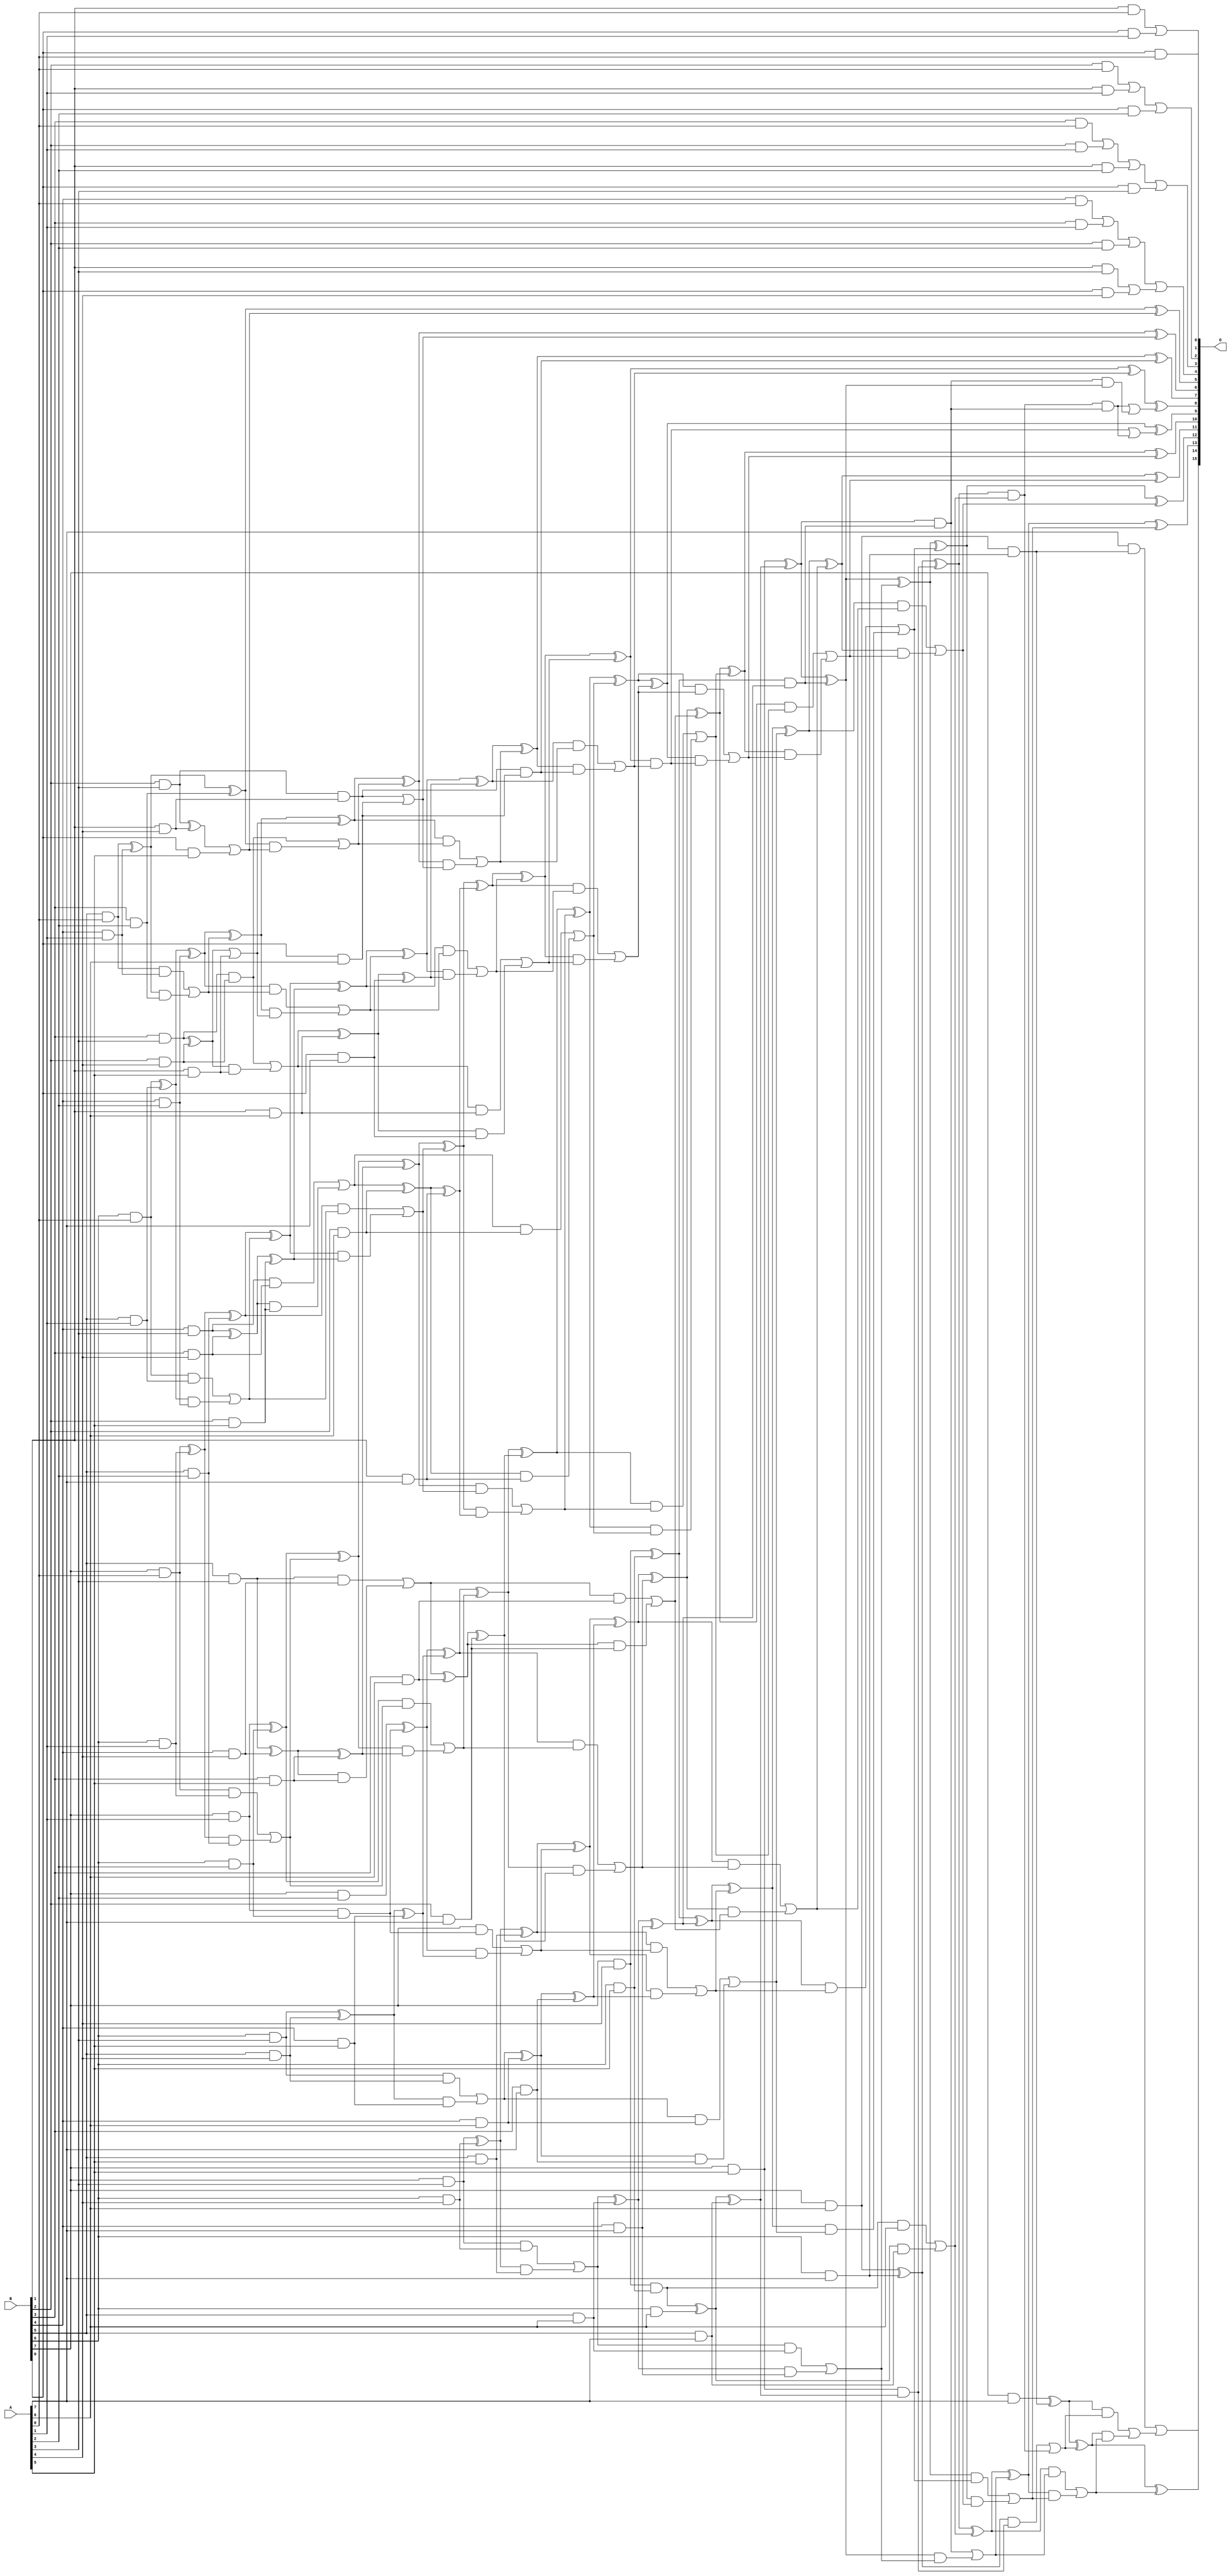
/***
* This code is a part of EvoApproxLib library (ehw.fit.vutbr.cz/approxlib) distributed under The MIT License.
* When used, please cite the following article(s): PRABAKARAN B. S., MRAZEK V., VASICEK Z., SEKANINA L., SHAFIQUE M. ApproxFPGAs: Embracing ASIC-based Approximate Arithmetic Components for FPGA-Based Systems. DAC 2020. 
***/
// MAE% = 0.023 %
// MAE = 15 
// WCE% = 0.17 %
// WCE = 112 
// WCRE% = 40.00 %
// EP% = 50.85 %
// MRE% = 0.37 %
// MSE = 645 
// FPGA_POWER = 1.1
// FPGA_DELAY = 11
// FPGA_LUT = 75

module mul8u_158B (
    A,
    B,
    O
);

input [7:0] A;
input [7:0] B;
output [15:0] O;

wire sig_16,sig_17,sig_18,sig_19,sig_20,sig_21,sig_22,sig_23,sig_24,sig_25,sig_26,sig_27,sig_28,sig_29,sig_30,sig_31,sig_32,sig_33,sig_34,sig_35;
wire sig_36,sig_37,sig_38,sig_39,sig_40,sig_41,sig_42,sig_43,sig_44,sig_45,sig_46,sig_47,sig_48,sig_49,sig_50,sig_51,sig_52,sig_53,sig_54,sig_55;
wire sig_56,sig_57,sig_58,sig_59,sig_60,sig_61,sig_62,sig_63,sig_64,sig_65,sig_66,sig_67,sig_68,sig_69,sig_70,sig_71,sig_72,sig_73,sig_74,sig_75;
wire sig_76,sig_77,sig_78,sig_79,sig_80,sig_82,sig_85,sig_87,sig_90,sig_92,sig_95,sig_97,sig_98,sig_99,sig_100,sig_101,sig_102,sig_103,sig_104,sig_105;
wire sig_106,sig_107,sig_108,sig_109,sig_110,sig_111,sig_112,sig_113,sig_114,sig_116,sig_117,sig_119,sig_121,sig_122,sig_123,sig_124,sig_125,sig_126,sig_127,sig_128;
wire sig_129,sig_130,sig_131,sig_132,sig_133,sig_134,sig_135,sig_136,sig_137,sig_138,sig_139,sig_140,sig_141,sig_142,sig_143,sig_144,sig_145,sig_146,sig_147,sig_153;
wire sig_158,sig_162,sig_163,sig_164,sig_165,sig_166,sig_167,sig_168,sig_169,sig_170,sig_171,sig_172,sig_173,sig_174,sig_175,sig_176,sig_177,sig_178,sig_179,sig_180;
wire sig_181,sig_182,sig_183,sig_184,sig_185,sig_186,sig_187,sig_188,sig_189,sig_190,sig_191,sig_192,sig_193,sig_194,sig_195,sig_196,sig_197,sig_198,sig_199,sig_200;
wire sig_201,sig_202,sig_203,sig_204,sig_205,sig_206,sig_207,sig_208,sig_209,sig_210,sig_211,sig_212,sig_213,sig_214,sig_215,sig_216,sig_217,sig_218,sig_228,sig_229;
wire sig_230,sig_231,sig_232,sig_233,sig_234,sig_235,sig_236,sig_237,sig_238,sig_239,sig_240,sig_241,sig_242,sig_243,sig_244,sig_245,sig_246,sig_247,sig_248,sig_249;
wire sig_250,sig_251,sig_252,sig_253,sig_254,sig_255,sig_256,sig_263,sig_264,sig_265,sig_266,sig_267,sig_268,sig_269,sig_270,sig_271,sig_272,sig_273,sig_274,sig_275;
wire sig_276,sig_277,sig_278,sig_279,sig_280,sig_281,sig_282,sig_283,sig_284,sig_285,sig_286,sig_287,sig_288,sig_289,sig_290,sig_291,sig_292,sig_293,sig_294,sig_295;
wire sig_296,sig_297,sig_298,sig_299,sig_303,sig_309,sig_311,sig_312,sig_313,sig_315,sig_316,sig_317,sig_318,sig_319,sig_320,sig_321,sig_322,sig_323,sig_324,sig_325;
wire sig_326,sig_327,sig_328,sig_329,sig_330,sig_331,sig_332,sig_333,sig_334,sig_335,sig_336,sig_337,sig_338,sig_339,sig_340,sig_341,sig_342,sig_343,sig_344,sig_345;
wire sig_346,sig_348;

assign sig_16 = B[0] & A[0];
assign sig_17 = B[1] & A[0];
assign sig_18 = B[2] & A[0];
assign sig_19 = B[3] & A[0];
assign sig_20 = B[4] & A[0];
assign sig_21 = B[5] & A[0];
assign sig_22 = B[6] & A[0];
assign sig_23 = B[7] & A[0];
assign sig_24 = B[0] & A[1];
assign sig_25 = B[1] & A[1];
assign sig_26 = B[2] & A[1];
assign sig_27 = B[3] & A[1];
assign sig_28 = B[4] & A[1];
assign sig_29 = B[5] & A[1];
assign sig_30 = B[6] & A[1];
assign sig_31 = B[7] & A[1];
assign sig_32 = B[0] & A[2];
assign sig_33 = B[1] & A[2];
assign sig_34 = B[2] & A[2];
assign sig_35 = B[3] & A[2];
assign sig_36 = B[4] & A[2];
assign sig_37 = B[5] & A[2];
assign sig_38 = B[6] & A[2];
assign sig_39 = B[7] & A[2];
assign sig_40 = B[0] & A[3];
assign sig_41 = B[1] & A[3];
assign sig_42 = B[2] & A[3];
assign sig_43 = B[3] & A[3];
assign sig_44 = B[4] & A[3];
assign sig_45 = B[5] & A[3];
assign sig_46 = B[6] & A[3];
assign sig_47 = B[7] & A[3];
assign sig_48 = B[0] & A[4];
assign sig_49 = B[1] & A[4];
assign sig_50 = B[2] & A[4];
assign sig_51 = B[3] & A[4];
assign sig_52 = B[4] & A[4];
assign sig_53 = B[5] & A[4];
assign sig_54 = B[6] & A[4];
assign sig_55 = B[7] & A[4];
assign sig_56 = B[0] & A[5];
assign sig_57 = B[1] & A[5];
assign sig_58 = B[2] & A[5];
assign sig_59 = B[3] & A[5];
assign sig_60 = B[4] & A[5];
assign sig_61 = B[5] & A[5];
assign sig_62 = B[6] & A[5];
assign sig_63 = B[7] & A[5];
assign sig_64 = B[0] & A[6];
assign sig_65 = B[1] & A[6];
assign sig_66 = B[2] & A[6];
assign sig_67 = B[3] & A[6];
assign sig_68 = B[4] & A[6];
assign sig_69 = B[5] & A[6];
assign sig_70 = B[6] & A[6];
assign sig_71 = B[7] & A[6];
assign sig_72 = B[0] & A[7];
assign sig_73 = B[1] & A[7];
assign sig_74 = B[2] & A[7];
assign sig_75 = B[3] & A[7];
assign sig_76 = B[4] & A[7];
assign sig_77 = B[5] & A[7];
assign sig_78 = B[6] & A[7];
assign sig_79 = B[7] & A[7];
assign sig_80 = sig_17 | sig_24;
assign sig_82 = sig_18 | sig_25;
assign sig_85 = sig_82 | sig_32;
assign sig_87 = sig_19 | sig_26;
assign sig_90 = sig_87 | sig_33;
assign sig_92 = sig_20 | sig_27;
assign sig_95 = sig_92 | sig_34;
assign sig_97 = sig_21 ^ sig_28;
assign sig_98 = sig_21 & sig_28;
assign sig_99 = sig_97 & sig_35;
assign sig_100 = sig_97 ^ sig_35;
assign sig_101 = sig_98 | sig_99;
assign sig_102 = sig_22 ^ sig_29;
assign sig_103 = sig_22 & sig_29;
assign sig_104 = sig_102 & sig_36;
assign sig_105 = sig_102 ^ sig_36;
assign sig_106 = sig_103 | sig_104;
assign sig_107 = sig_23 ^ sig_30;
assign sig_108 = sig_23 & sig_30;
assign sig_109 = sig_107 & sig_37;
assign sig_110 = sig_107 ^ sig_37;
assign sig_111 = sig_108 | sig_109;
assign sig_112 = sig_31 & sig_38;
assign sig_113 = sig_31 ^ sig_38;
assign sig_114 = sig_41 | sig_48;
assign sig_116 = sig_42 ^ sig_49;
assign sig_117 = sig_42 & sig_49;
assign sig_119 = sig_116 | sig_56;
assign sig_121 = sig_43 ^ sig_50;
assign sig_122 = sig_43 & sig_50;
assign sig_123 = sig_121 & sig_57;
assign sig_124 = sig_121 | sig_57;
assign sig_125 = sig_122 | sig_123;
assign sig_126 = sig_44 ^ sig_51;
assign sig_127 = sig_44 & sig_51;
assign sig_128 = sig_126 & sig_58;
assign sig_129 = sig_126 ^ sig_58;
assign sig_130 = sig_127 | sig_128;
assign sig_131 = sig_45 ^ sig_52;
assign sig_132 = sig_45 & sig_52;
assign sig_133 = sig_131 & sig_59;
assign sig_134 = sig_131 ^ sig_59;
assign sig_135 = sig_132 | sig_133;
assign sig_136 = sig_46 ^ sig_53;
assign sig_137 = sig_46 & sig_53;
assign sig_138 = sig_136 & sig_60;
assign sig_139 = sig_136 ^ sig_60;
assign sig_140 = sig_137 | sig_138;
assign sig_141 = sig_47 ^ sig_54;
assign sig_142 = sig_47 & sig_54;
assign sig_143 = sig_141 & sig_61;
assign sig_144 = sig_141 ^ sig_61;
assign sig_145 = sig_142 | sig_143;
assign sig_146 = sig_55 & sig_62;
assign sig_147 = sig_55 ^ sig_62;
assign sig_153 = sig_90 | sig_40;
assign sig_158 = sig_95 | sig_114;
assign sig_162 = sig_100 & sig_119;
assign sig_163 = sig_100 ^ sig_119;
assign sig_164 = sig_122 | sig_162;
assign sig_165 = sig_105 ^ sig_101;
assign sig_166 = sig_105 & sig_101;
assign sig_167 = sig_165 & sig_124;
assign sig_168 = sig_165 ^ sig_124;
assign sig_169 = sig_166 | sig_167;
assign sig_170 = sig_110 ^ sig_106;
assign sig_171 = sig_110 & sig_106;
assign sig_172 = sig_170 & sig_129;
assign sig_173 = sig_170 ^ sig_129;
assign sig_174 = sig_171 | sig_172;
assign sig_175 = sig_113 ^ sig_111;
assign sig_176 = sig_113 & sig_111;
assign sig_177 = sig_175 & sig_134;
assign sig_178 = sig_175 ^ sig_134;
assign sig_179 = sig_176 | sig_177;
assign sig_180 = sig_39 ^ sig_112;
assign sig_181 = B[7] & sig_112;
assign sig_182 = sig_180 & sig_139;
assign sig_183 = sig_180 ^ sig_139;
assign sig_184 = sig_181 | sig_182;
assign sig_185 = sig_117 | sig_64;
assign sig_186 = sig_117 & sig_64;
assign sig_187 = sig_125 ^ sig_65;
assign sig_188 = sig_125 & sig_65;
assign sig_189 = sig_187 & sig_72;
assign sig_190 = sig_187 ^ sig_72;
assign sig_191 = sig_188 | sig_189;
assign sig_192 = sig_130 ^ sig_66;
assign sig_193 = sig_130 & sig_66;
assign sig_194 = sig_192 & sig_73;
assign sig_195 = sig_192 ^ sig_73;
assign sig_196 = sig_193 | sig_194;
assign sig_197 = sig_135 ^ sig_67;
assign sig_198 = sig_135 & sig_67;
assign sig_199 = sig_197 & sig_74;
assign sig_200 = sig_197 ^ sig_74;
assign sig_201 = sig_198 | sig_199;
assign sig_202 = sig_140 ^ sig_68;
assign sig_203 = sig_140 & sig_68;
assign sig_204 = sig_202 & sig_75;
assign sig_205 = sig_202 ^ sig_75;
assign sig_206 = sig_203 | sig_204;
assign sig_207 = sig_145 ^ sig_69;
assign sig_208 = sig_145 & sig_69;
assign sig_209 = sig_207 & sig_76;
assign sig_210 = sig_207 ^ sig_76;
assign sig_211 = sig_208 | sig_209;
assign sig_212 = sig_146 ^ sig_70;
assign sig_213 = sig_146 & A[6];
assign sig_214 = sig_212 & sig_77;
assign sig_215 = sig_212 ^ sig_77;
assign sig_216 = sig_213 | sig_214;
assign sig_217 = sig_71 & sig_78;
assign sig_218 = sig_71 ^ sig_78;
assign sig_228 = sig_168 ^ sig_164;
assign sig_229 = sig_168 & sig_164;
assign sig_230 = sig_228 & sig_185;
assign sig_231 = sig_228 ^ sig_185;
assign sig_232 = sig_229 | sig_230;
assign sig_233 = sig_173 ^ sig_169;
assign sig_234 = sig_173 & sig_169;
assign sig_235 = sig_233 & sig_190;
assign sig_236 = sig_233 ^ sig_190;
assign sig_237 = sig_234 | sig_235;
assign sig_238 = sig_178 ^ sig_174;
assign sig_239 = sig_178 & sig_174;
assign sig_240 = sig_238 & sig_195;
assign sig_241 = sig_238 ^ sig_195;
assign sig_242 = sig_239 | sig_240;
assign sig_243 = sig_183 ^ sig_179;
assign sig_244 = sig_183 & sig_179;
assign sig_245 = sig_243 & sig_200;
assign sig_246 = sig_243 ^ sig_200;
assign sig_247 = sig_244 | sig_245;
assign sig_248 = sig_144 ^ sig_184;
assign sig_249 = sig_144 & sig_184;
assign sig_250 = sig_248 & sig_205;
assign sig_251 = sig_248 ^ sig_205;
assign sig_252 = sig_249 | sig_250;
assign sig_253 = sig_147 & sig_210;
assign sig_254 = sig_147 ^ sig_210;
assign sig_255 = sig_63 & sig_215;
assign sig_256 = sig_63 ^ sig_215;
assign sig_263 = sig_236 ^ sig_232;
assign sig_264 = sig_236 & sig_232;
assign sig_265 = sig_263 & sig_186;
assign sig_266 = sig_263 ^ sig_186;
assign sig_267 = sig_264 | sig_265;
assign sig_268 = sig_241 ^ sig_237;
assign sig_269 = sig_241 & sig_237;
assign sig_270 = sig_268 & sig_191;
assign sig_271 = sig_268 ^ sig_191;
assign sig_272 = sig_269 | sig_270;
assign sig_273 = sig_246 ^ sig_242;
assign sig_274 = sig_246 & sig_242;
assign sig_275 = sig_273 & sig_196;
assign sig_276 = sig_273 ^ sig_196;
assign sig_277 = sig_274 | sig_275;
assign sig_278 = sig_251 ^ sig_247;
assign sig_279 = sig_251 & sig_247;
assign sig_280 = sig_278 & sig_201;
assign sig_281 = sig_278 ^ sig_201;
assign sig_282 = sig_279 | sig_280;
assign sig_283 = sig_254 ^ sig_252;
assign sig_284 = sig_254 & sig_252;
assign sig_285 = sig_283 & sig_206;
assign sig_286 = sig_283 ^ sig_206;
assign sig_287 = sig_284 | sig_285;
assign sig_288 = sig_256 ^ sig_253;
assign sig_289 = sig_256 & sig_253;
assign sig_290 = sig_288 & sig_211;
assign sig_291 = sig_288 ^ sig_211;
assign sig_292 = sig_289 | sig_290;
assign sig_293 = sig_218 ^ sig_255;
assign sig_294 = sig_218 & sig_255;
assign sig_295 = sig_293 & sig_216;
assign sig_296 = sig_293 ^ sig_216;
assign sig_297 = sig_294 | sig_295;
assign sig_298 = A[7] & sig_217;
assign sig_299 = sig_79 ^ sig_217;
assign sig_303 = sig_295 & sig_289;
assign sig_309 = sig_289 & sig_288;
assign sig_311 = sig_303 | sig_309;
assign sig_312 = sig_271 ^ sig_267;
assign sig_313 = sig_271 & sig_267;
assign sig_315 = sig_312 ^ sig_311;
assign sig_316 = sig_313 | sig_303;
assign sig_317 = sig_276 ^ sig_272;
assign sig_318 = sig_276 & sig_272;
assign sig_319 = sig_317 & sig_313;
assign sig_320 = sig_317 ^ sig_316;
assign sig_321 = sig_318 | sig_319;
assign sig_322 = sig_281 ^ sig_277;
assign sig_323 = sig_281 & sig_277;
assign sig_324 = sig_322 & sig_321;
assign sig_325 = sig_322 ^ sig_321;
assign sig_326 = sig_323 | sig_324;
assign sig_327 = sig_286 ^ sig_282;
assign sig_328 = sig_286 & sig_282;
assign sig_329 = sig_327 & sig_326;
assign sig_330 = sig_327 ^ sig_326;
assign sig_331 = sig_328 | sig_329;
assign sig_332 = sig_291 ^ sig_287;
assign sig_333 = sig_291 & sig_287;
assign sig_334 = sig_332 & sig_331;
assign sig_335 = sig_332 ^ sig_331;
assign sig_336 = sig_333 | sig_334;
assign sig_337 = sig_296 ^ sig_292;
assign sig_338 = sig_296 & sig_292;
assign sig_339 = sig_337 & sig_336;
assign sig_340 = sig_337 ^ sig_336;
assign sig_341 = sig_338 | sig_339;
assign sig_342 = sig_299 ^ sig_297;
assign sig_343 = sig_299 & sig_297;
assign sig_344 = sig_342 & sig_341;
assign sig_345 = sig_342 ^ sig_341;
assign sig_346 = sig_343 | sig_344;
assign sig_348 = sig_298 | sig_346;

assign O[15] = sig_348;
assign O[14] = sig_345;
assign O[13] = sig_340;
assign O[12] = sig_335;
assign O[11] = sig_330;
assign O[10] = sig_325;
assign O[9] = sig_320;
assign O[8] = sig_315;
assign O[7] = sig_266;
assign O[6] = sig_231;
assign O[5] = sig_163;
assign O[4] = sig_158;
assign O[3] = sig_153;
assign O[2] = sig_85;
assign O[1] = sig_80;
assign O[0] = sig_16;

endmodule